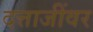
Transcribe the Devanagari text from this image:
दत्ताजींवर